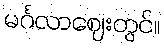
မင်္ဂလာဈေးတွင်။